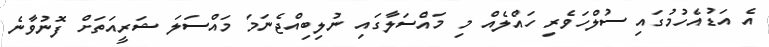
އެ އަޑުއެހުމުގައި ސުލްހަވެރި ހައްލެއް މި މައްސަލާގައި ނުލިބިއްޖެނަމަ މައްސަލަ ޝަރީއަތަށް ފޮނުވާނެ